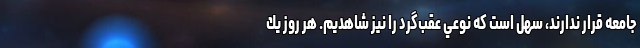
جامعه قرار ندارند، سهل است كه نوعي عقب‌گرد را نيز شاهديم. هر روز يك